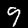
Digit: 9